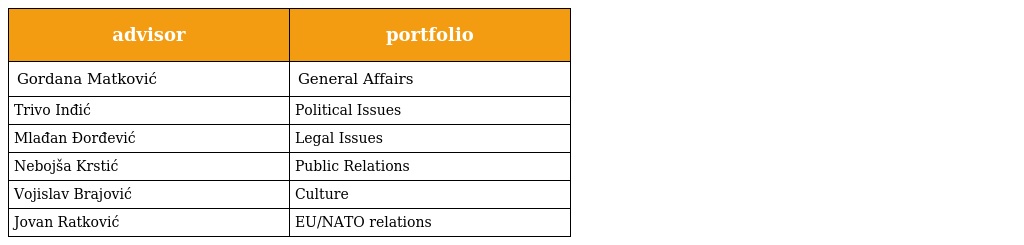
| advisor | portfolio |
 | --- | --- |
 | Gordana Matković | General Affairs |
 | Trivo Inđić | Political Issues |
 | Mlađan Đorđević | Legal Issues |
 | Nebojša Krstić | Public Relations |
 | Vojislav Brajović | Culture |
 | Jovan Ratković | EU/NATO relations |